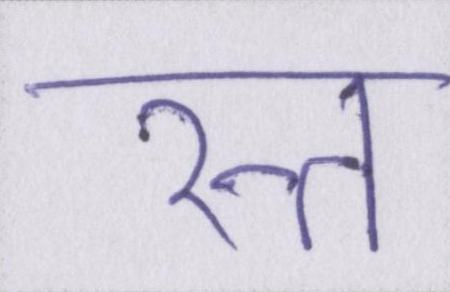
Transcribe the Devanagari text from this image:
रत्न